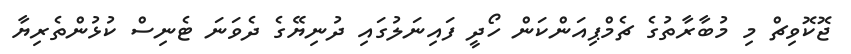
ޖޮކޮވިޗް މި މުބާރާތުގެ ޗެމްޕިއަންކަން ހޯދީ ފައިނަލުގައި ދުނިޔޭގެ ދެވަނަ ޓެނިސް ކުޅުންތެރިޔާ